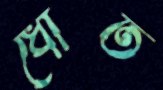
ধৌত